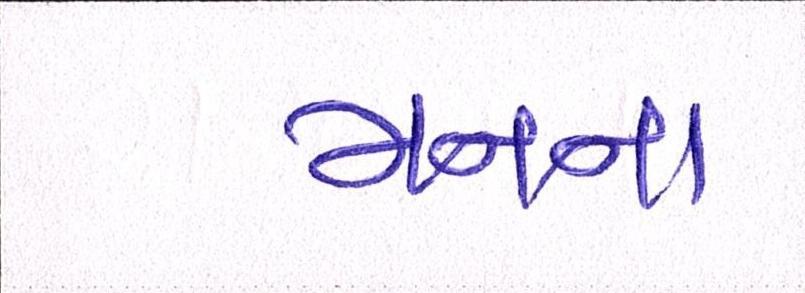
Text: મનના